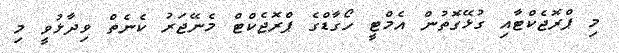
މި ޕްރޮޖެކްޓާއި ގުޅޭގޮތުން އެމްޓީ ހޯގާޑްގެ ޕްރޮޖެކްޓް މެނޭޖަރު ކެނެތް ވިދާޅުވީ މި